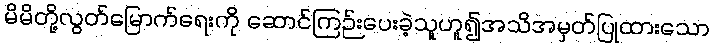
မိမိတို့လွတ်မြောက်ရေးကို ဆောင်ကြဉ်းပေးခဲ့သူဟူ၍အသိအမှတ်ပြုထားသော